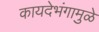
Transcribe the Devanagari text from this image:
कायदेभंगामुळे